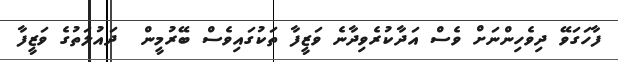
ފާހަގަވޭ ދިވެހިންނަށް ވެސް އަދާކުރެވިދާނެ ވަޒީފާ ތަކުގައިވެސް ބޭރުމީން  ދައުލަތުގެ ވަޒީފާ